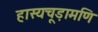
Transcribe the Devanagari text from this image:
हास्यचूड़ामणि